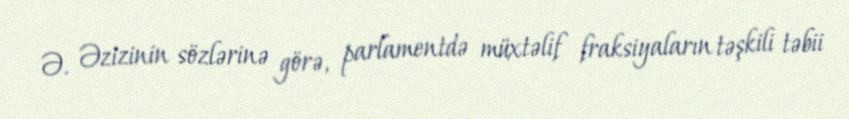
Ə. Əzizinin sözlərinə görə, parlamentdə müxtəlif fraksiyaların təşkili təbii